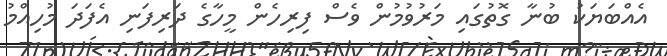
އެއްބަޔަކު ބުނާ ގޮތުގައި މަރުވުމުން ވެސް ފިރިހެން މީހާގެ ދަރިފަނި އެފަދަ މުހިއްމު